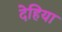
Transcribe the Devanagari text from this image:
देहिया